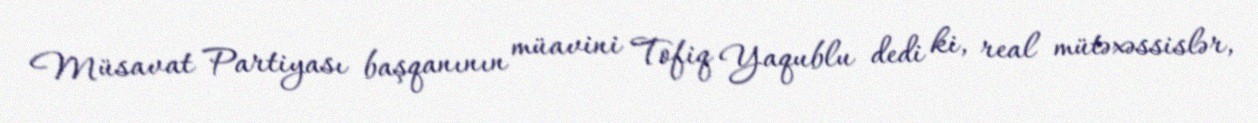
Müsavat Partiyası başqanının müavini Tofiq Yaqublu dedi ki, real mütəxəssislər,